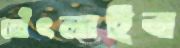
থেঁৎলাইব